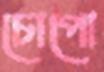
চোপো